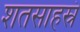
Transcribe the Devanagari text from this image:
शतसाहस्रं